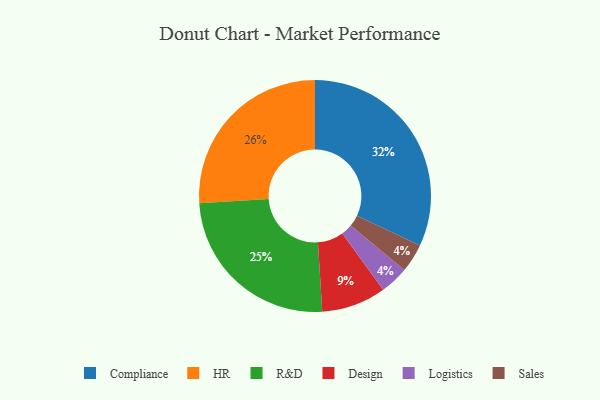
{"axis": {"x": "Category", "y": "Percentage"}, "legend": ["Compliance", "Design", "HR", "Logistics", "R&D", "Sales"], "data": [{"x": "Logistics", "y": 4, "type": "Logistics"}, {"x": "Sales", "y": 4, "type": "Sales"}, {"x": "HR", "y": 26, "type": "HR"}, {"x": "Design", "y": 9, "type": "Design"}, {"x": "Compliance", "y": 32, "type": "Compliance"}, {"x": "R&D", "y": 25, "type": "R&D"}]}